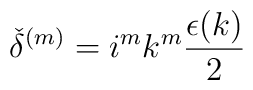
{\check{\delta}}^{(m)}=i^mk^m\frac {\epsilon(k)} {2}